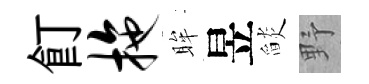
飣拖眸昱𦦨野